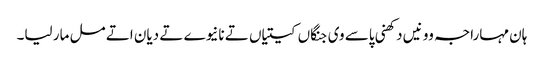
ہان مہاراجہ وو نیں دکھنی پاسے وی جنگاں کیتیاں تے نانیوے تے دیان اتے مل مار لیا۔